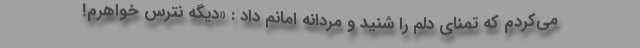
می‌کردم که تمنای دلم را شنید و مردانه امانم داد : «دیگه نترس خواهرم!